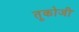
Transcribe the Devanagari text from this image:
तूकोजी